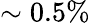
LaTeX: \sim 0.5\%